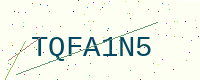
Text: TQFA1N5